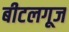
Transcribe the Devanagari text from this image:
बीटलगूज